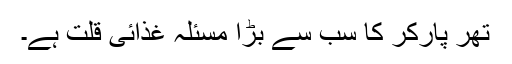
تھر پارکر کا سب سے بڑا مسئلہ غذائی قلت ہے۔